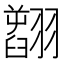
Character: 𦒟